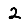
Digit: 2